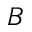
B